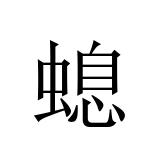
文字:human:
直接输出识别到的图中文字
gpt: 螅